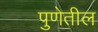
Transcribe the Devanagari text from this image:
पुणेतील